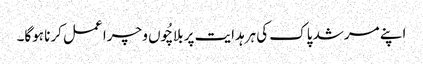
اپنے مرشد پاک کی ہرہدایت پر بلاچُوں و چرا عمل کرنا ہوگا۔